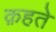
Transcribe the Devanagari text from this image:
क़हते